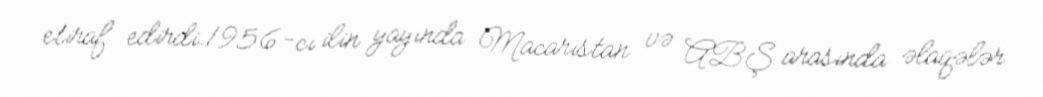
etiraf edirdi.1956-cı ilin yayında Macarıstan və ABŞ arasında əlaqələr